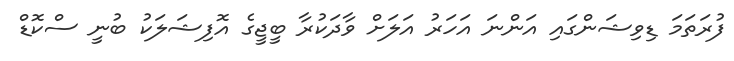
ފުރަތަމަ ޑިވިޝަންގައި އަންނަ އަހަރު އަލަށް ވާދަކުރާ ބީޖީގެ އޮފިޝަލަކު ބުނީ ސްކޮޑް